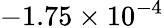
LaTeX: -1.75\times 10^{-4}